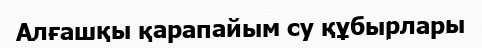
Алғашқы қарапайым су құбырлары